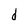
Character: d